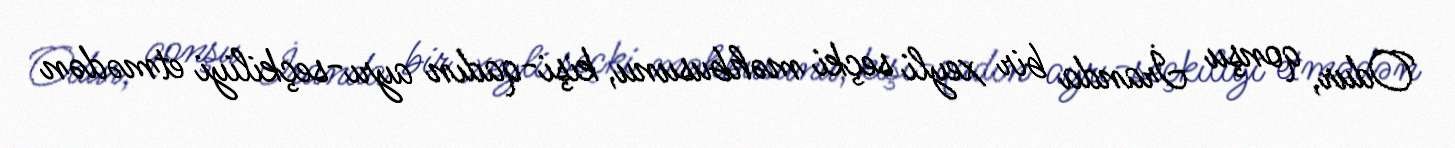
Odur, qonşu İranda bir xeyli seçki məhbusunu, kişi-qadın ayrı-seçkiliyi etmədən